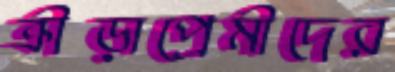
ক্রীড়াপ্রেমীদের